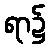
ရာ၌